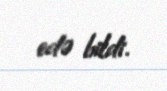
edə bildi.